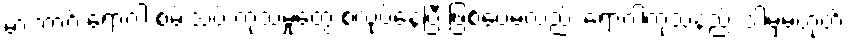
မားဘာ့ဂ် ရောဂါ စမ်းသပ် ကုသမှုတွေ စလုပ်နေပြီ ဖြစ်ပေမဲ့လည်း ရောဂါကုသနည်း ဒါမှမဟုတ်